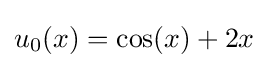
u_{0}(x)=\cos(x)+2x